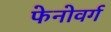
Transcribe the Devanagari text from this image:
फेनोवर्ग